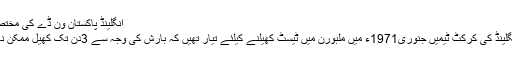
انگلینڈ پاکستان وَن ڈے کی مختصر تاریخ:
آسٹریلیا انگلینڈ کی کرکٹ ٹیمیں جنوری1971ء میں ملبورن میں ٹیسٹ کھیلنے کیلئے تیار تھیں کہ بارش کی وجہ سے 3دِن تک کھیل ممکن نہ ہو سکا ۔